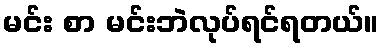
မင်း စာ မင်းဘဲလုပ်ရင်ရတယ်။